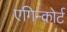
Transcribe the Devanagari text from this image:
एगिन्कोर्ट